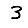
Digit: 3